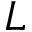
L